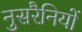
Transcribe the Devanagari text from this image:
नुसरैनियों